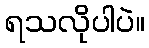
ရသလိုပါပဲ။